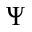
\Psi